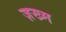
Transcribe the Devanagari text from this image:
ज़ख्‍म